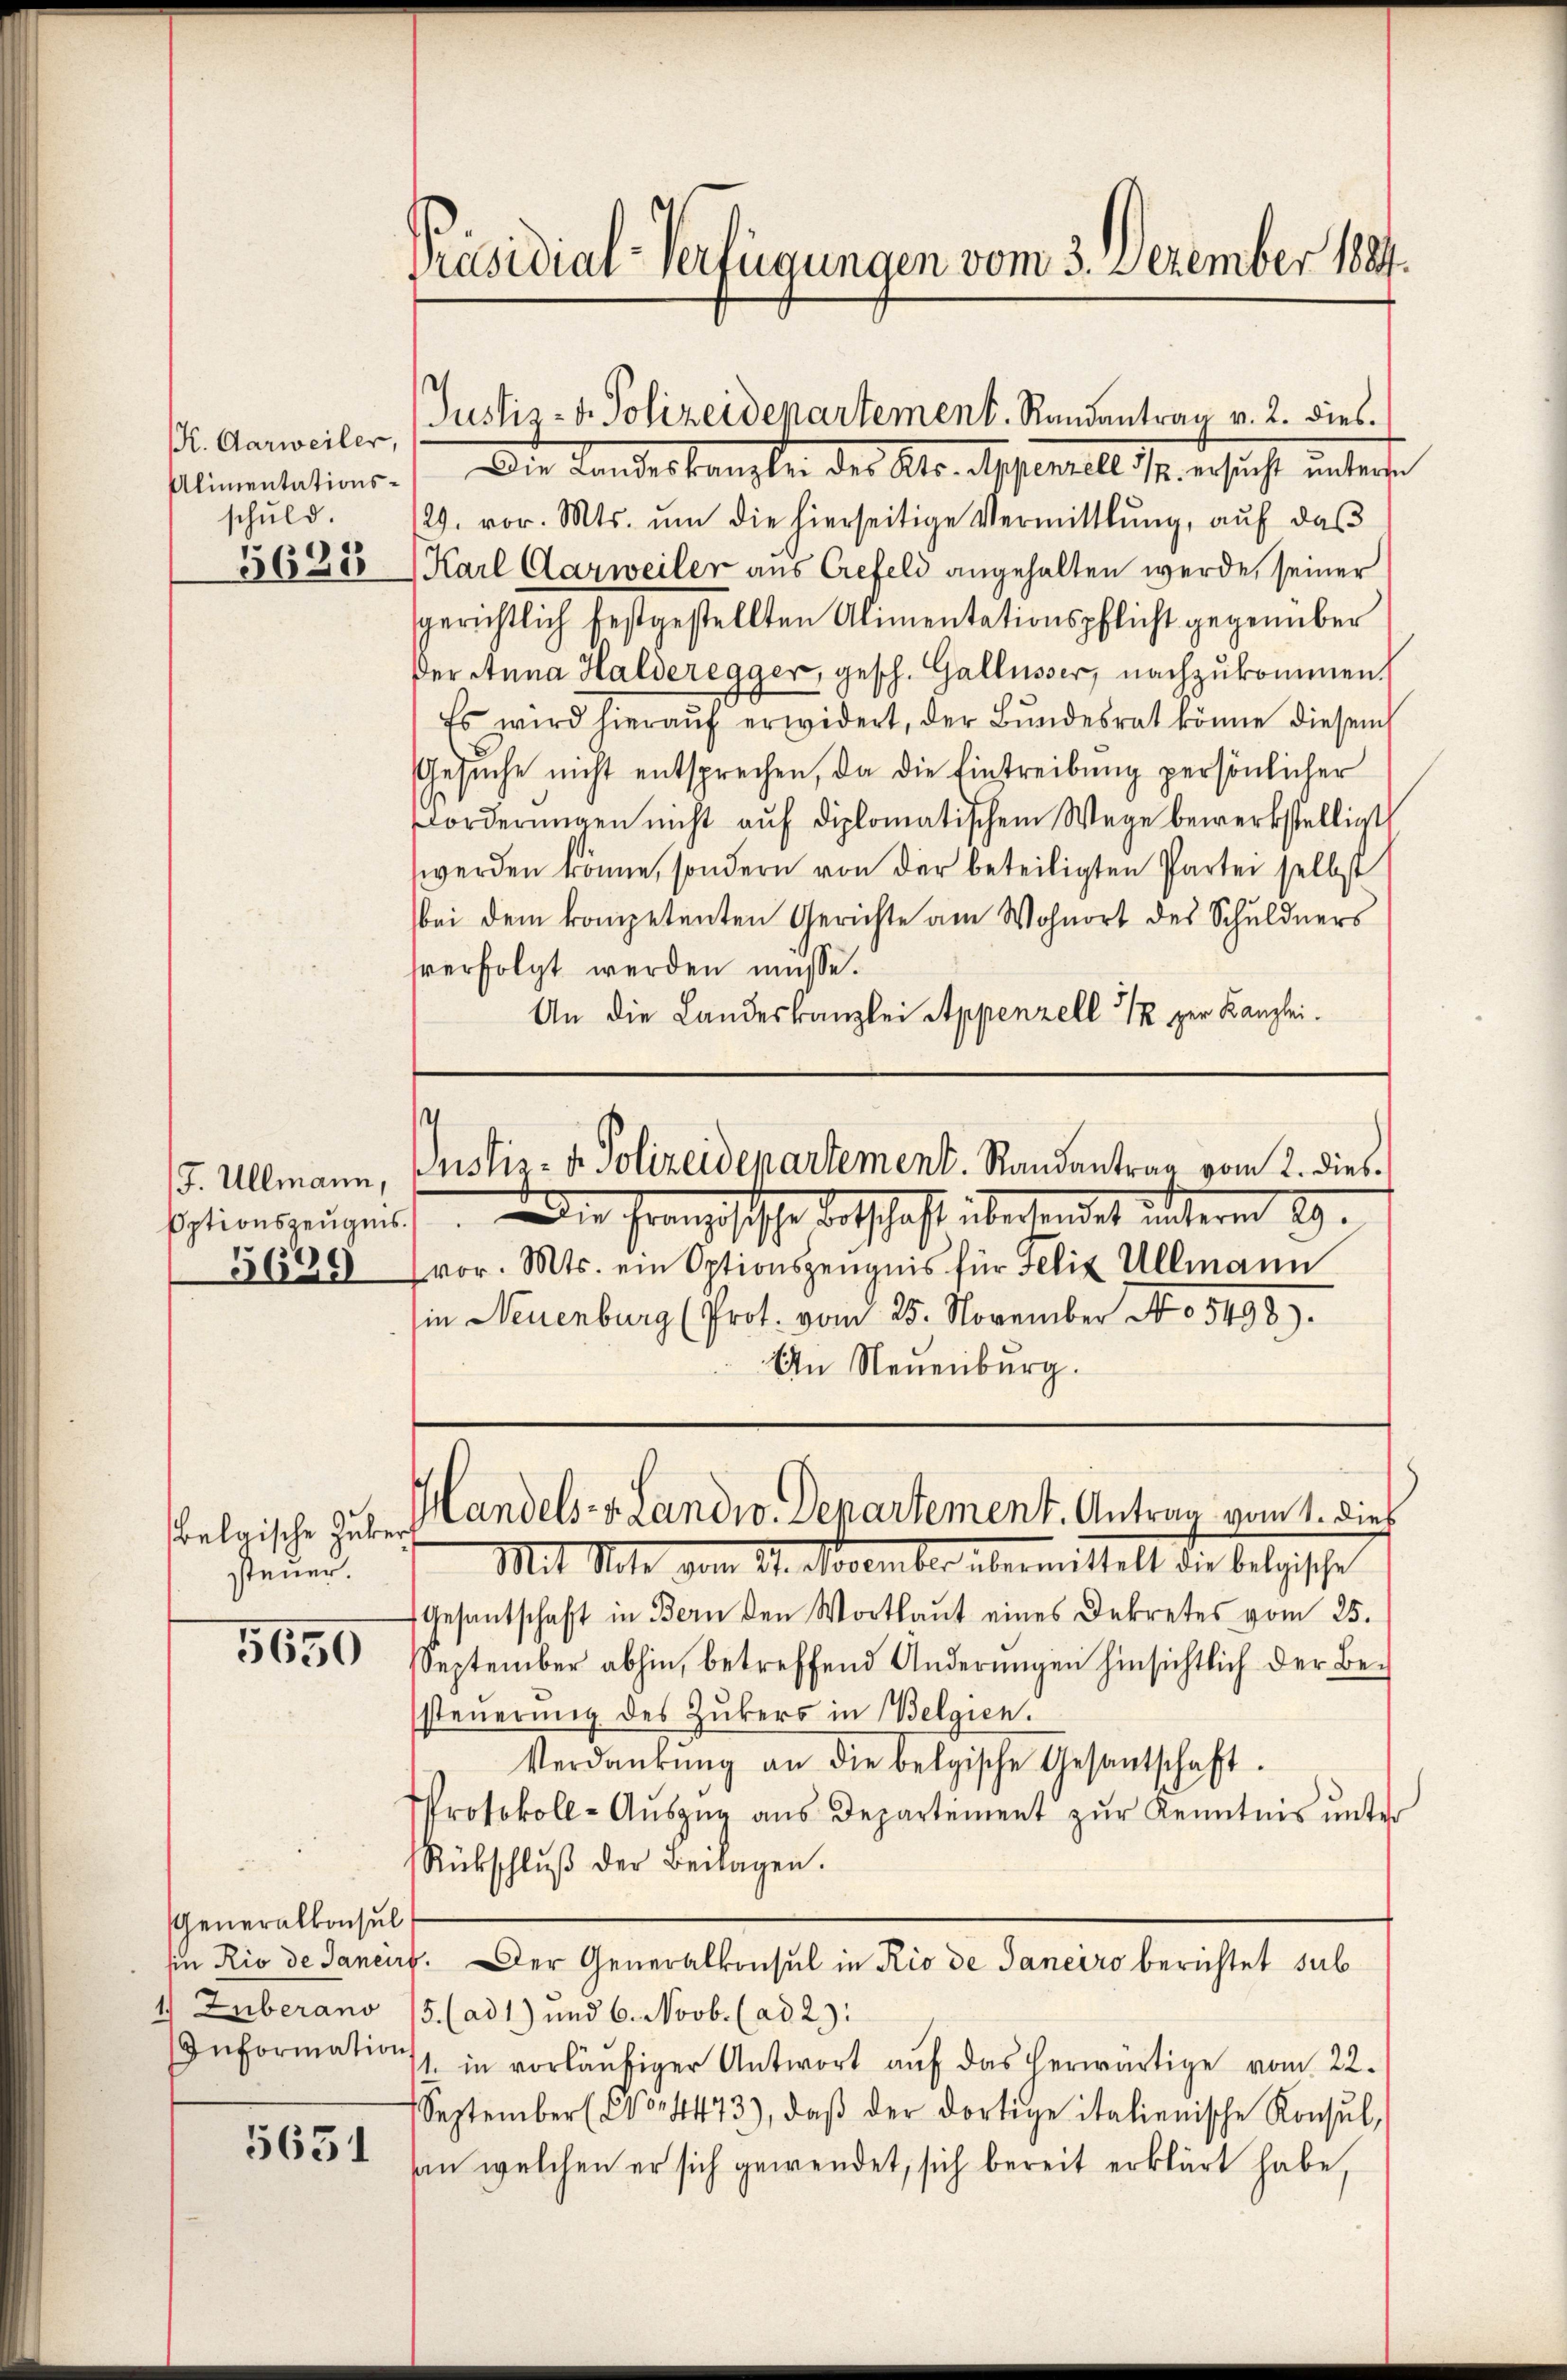
K. Aarweiler,
schuld.
5623

J. Ullmann,
Optionszeugnis.
5630

steuer.

5650

Generalkonsul
1.) Zuberano
Informations

5631

Präsidial-Verfügungen vom 3. Dezember 1889.

Plimentations. Die Landeskanzler des Kts. Appenzell h. ersucht untere
29. vor. Mts. ŭm die hierseitige Vermittlung, aŭf das
Karl Aarweiler aus Crefeld angehalten werde, seiner
sgerichtlich festgestellten Alimentationspflicht gegenüber
Der Anna Halderegger, gesch. Gallusser, nachzukommen.
Es wird hieraŭf erwidert, der Bŭndesrat könne diesem
Gesuche nicht entsprechen, da die Eintreibung persönlicher
Forderungen nicht aŭf diplomatischem Wege bewerkstelligt
werden könne, sondern von der beteiligten Partei selbst
bei dem kompetenten Gerichte am Wohnort des Schuldners
sverfolgt werden müsse.
An die Landeskanzlei Appenzell 12 zur Kanzlei.

Justiz- u. Polizeidepartement. Randantrag v. 2. dies

Justiz- & Polizeidepartement. Randentrag vom 2. dies

.Die Französische dortschaft überhandet unterm 29.
vor. Mts. ein Optionszeugnis für Felix Ullmann
in Neuenburg (Prot. vom 25. November No 5498).
An Neuenburg.

belaische zu Handels-v. Landw. Departement. Antrag vom 1. dies

Mit Note vom 21. November übermittelt die belgische
Gesantschaft in Bern den Wortlaut eines Dekretes vom 25.
September abhin, betreffend Änderungen hinsichtlich der Besteuerung des Zukers in Belgien.
Verdankŭng an die belgische Gesantschaft.
Protokoll-Aŭszŭg aŭs Departement zŭr Kenntnis ŭnter
Rückschlŭβ der Beilagen.
Ein Rio de Sancirt. Der Generalkonsul in Rio de Janeiro berichtet sub
5. (ad 1) und 6. Novb. (ad 2):
t. in vorläŭfiger Antwort aŭf das herwärtige vom 22.
September (No. 4473), daβ der dortige italienische Konsul,
an welchen er sich gewendet, sich bereit erklärt habe,